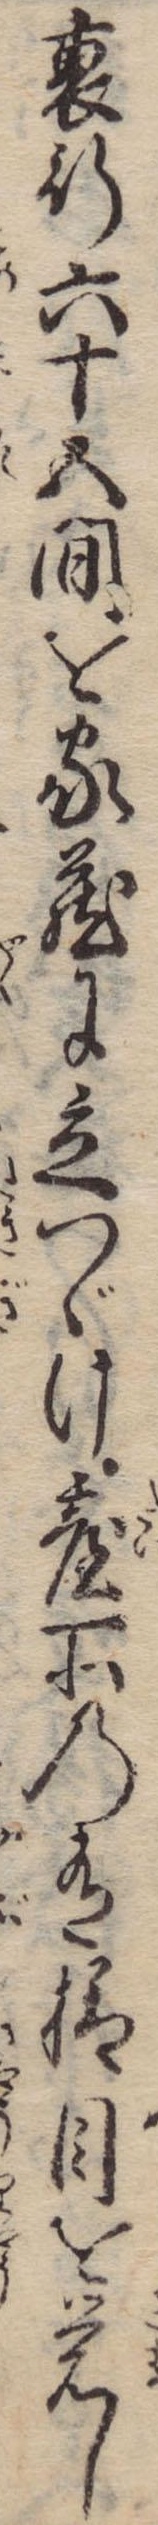
裏行六十五間を家蔵に立つゞけ台所の有様目を覚し